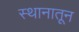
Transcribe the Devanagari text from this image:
स्थानातून